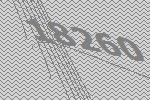
18260